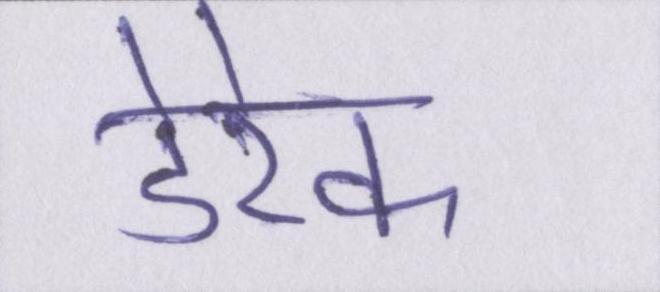
डेरेक